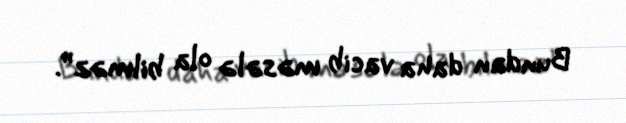
Bundan daha vacib məsələ ola bilməz”.